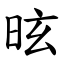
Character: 昡